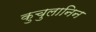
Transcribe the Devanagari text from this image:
कुचुलानिन